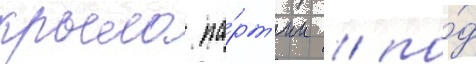
крыло па́рт'ии / по́д